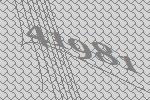
41981